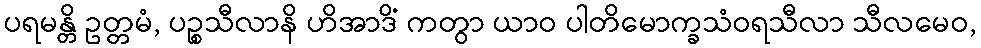
ပရမန္တိ ဥတ္တမံ, ပဉ္စသီလာနိ ဟိအာဒိံ ကတွာ ယာဝ ပါတိမောက္ခသံဝရသီလာ သီလမေဝ,